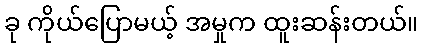
ခု ကိုယ်ပြောမယ့် အမှုက ထူးဆန်းတယ်။